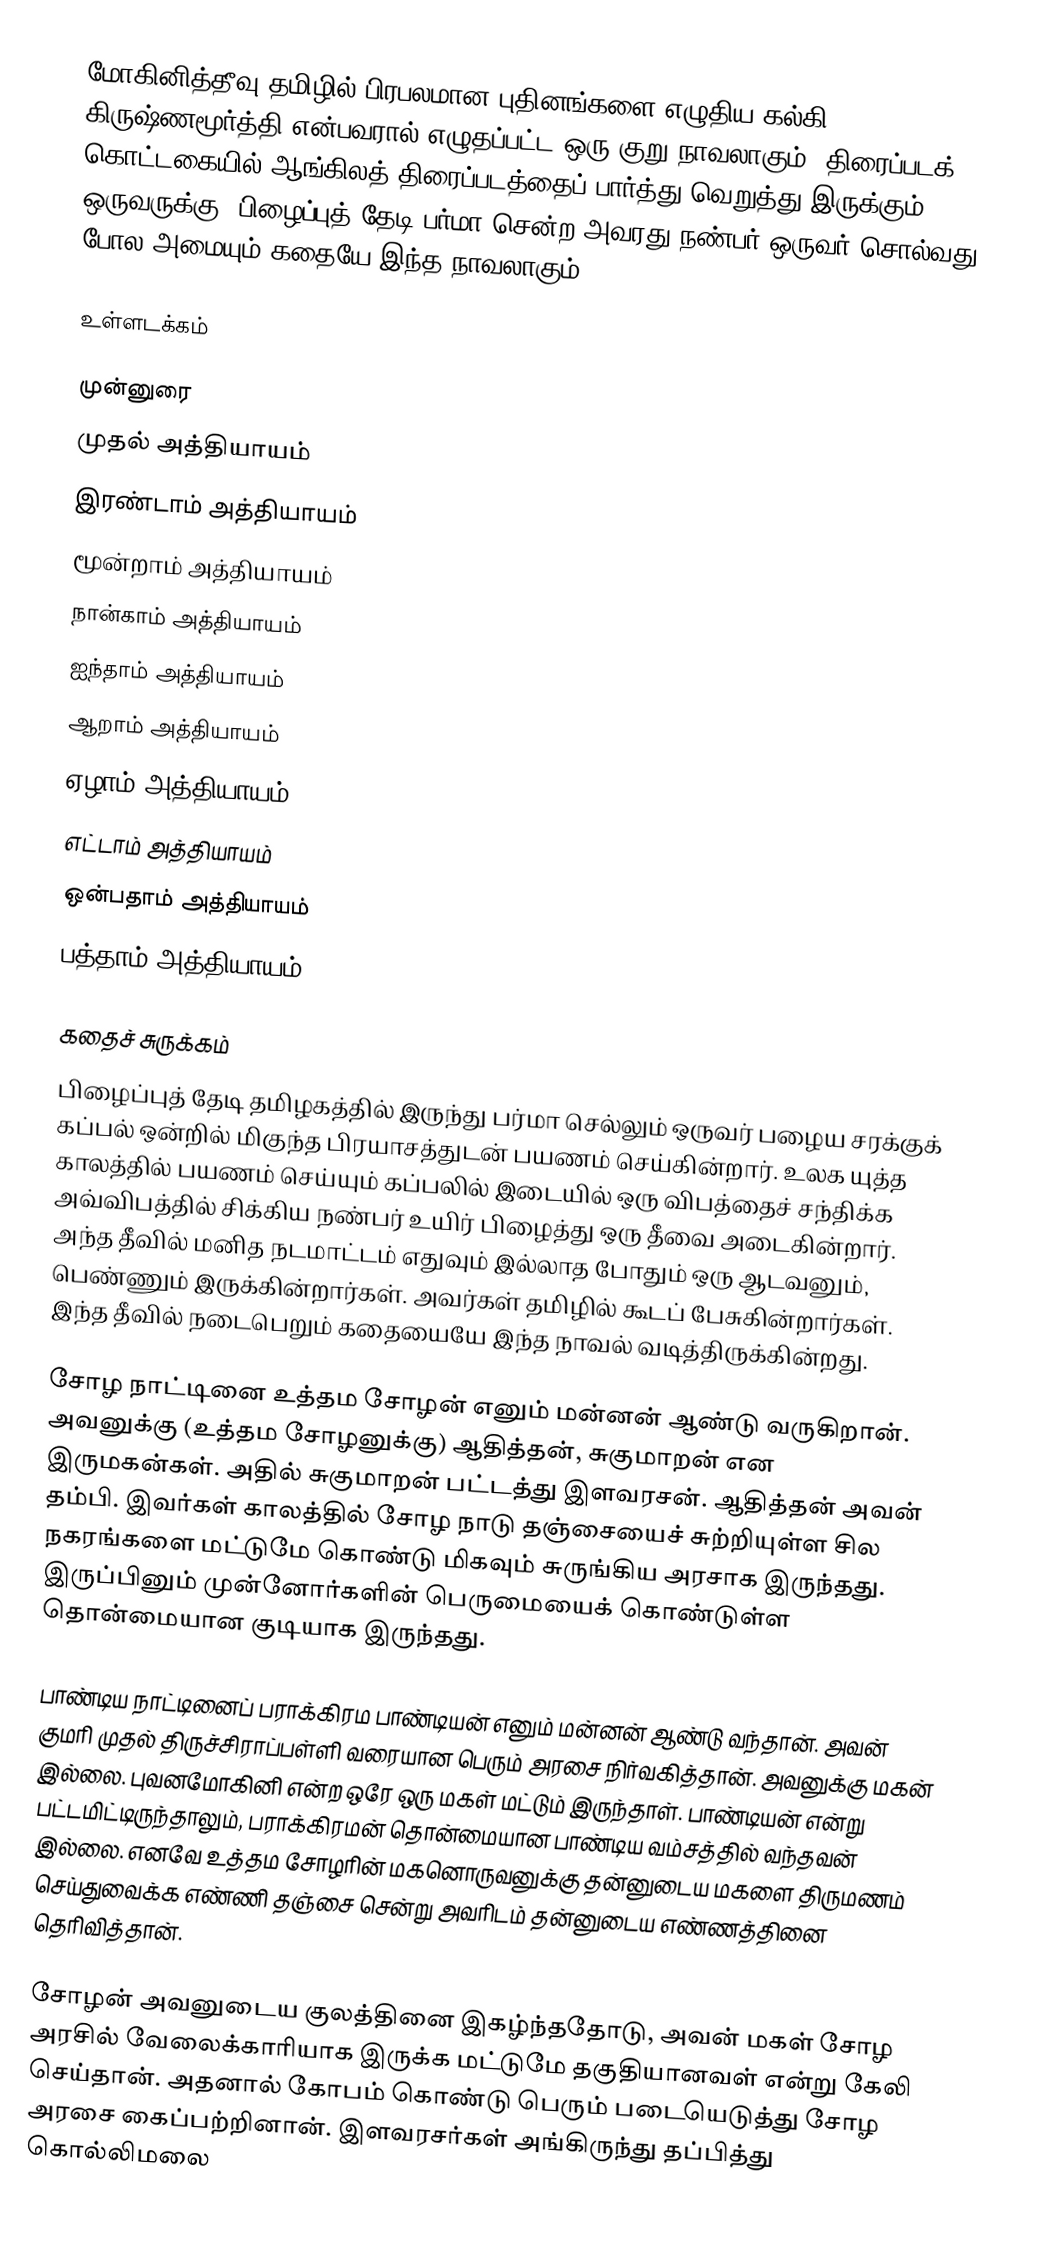
மோகினித்தீவு தமிழில் பிரபலமான புதினங்களை எழுதிய கல்கி கிருஷ்ணமூர்த்தி என்பவரால் எழுதப்பட்ட ஒரு குறு நாவலாகும். திரைப்படக் கொட்டகையில் ஆங்கிலத் திரைப்படத்தைப் பார்த்து வெறுத்து இருக்கும் ஒருவருக்கு, பிழைப்புத் தேடி பர்மா சென்ற அவரது நண்பர் ஒருவர் சொல்வது போல அமையும் கதையே இந்த நாவலாகும்.

உள்ளடக்கம்

 முன்னுரை
 முதல் அத்தியாயம்
 இரண்டாம் அத்தியாயம்
 மூன்றாம் அத்தியாயம்
 நான்காம் அத்தியாயம்
 ஐந்தாம் அத்தியாயம்
 ஆறாம் அத்தியாயம்
 ஏழாம் அத்தியாயம்
 எட்டாம் அத்தியாயம்
 ஒன்பதாம் அத்தியாயம்
 பத்தாம் அத்தியாயம்

கதைச் சுருக்கம்
பிழைப்புத் தேடி தமிழகத்தில் இருந்து பர்மா செல்லும் ஒருவர் பழைய சரக்குக் கப்பல் ஒன்றில் மிகுந்த பிரயாசத்துடன் பயணம் செய்கின்றார். உலக யுத்த காலத்தில் பயணம் செய்யும் கப்பலில் இடையில் ஒரு விபத்தைச் சந்திக்க அவ்விபத்தில் சிக்கிய நண்பர் உயிர் பிழைத்து ஒரு தீவை அடைகின்றார். அந்த தீவில் மனித நடமாட்டம் எதுவும் இல்லாத போதும் ஒரு ஆடவனும், பெண்ணும் இருக்கின்றார்கள். அவர்கள் தமிழில் கூடப் பேசுகின்றார்கள். இந்த தீவில் நடைபெறும் கதையையே இந்த நாவல் வடித்திருக்கின்றது.

சோழ நாட்டினை உத்தம சோழன் எனும் மன்னன் ஆண்டு வருகிறான். அவனுக்கு (உத்தம சோழனுக்கு) ஆதித்தன், சுகுமாறன் என இருமகன்கள். அதில் சுகுமாறன் பட்டத்து இளவரசன். ஆதித்தன் அவன் தம்பி. இவர்கள் காலத்தில் சோழ நாடு தஞ்சையைச் சுற்றியுள்ள சில நகரங்களை மட்டுமே கொண்டு மிகவும் சுருங்கிய அரசாக இருந்தது. இருப்பினும் முன்னோர்களின் பெருமையைக் கொண்டுள்ள தொன்மையான குடியாக இருந்தது.

பாண்டிய நாட்டினைப் பராக்கிரம பாண்டியன் எனும் மன்னன் ஆண்டு வந்தான். அவன் குமரி முதல் திருச்சிராப்பள்ளி வரையான பெரும் அரசை நிர்வகித்தான். அவனுக்கு மகன் இல்லை. புவனமோகினி என்ற ஒரே ஒரு மகள் மட்டும் இருந்தாள். பாண்டியன் என்று பட்டமிட்டிருந்தாலும், பராக்கிரமன் தொன்மையான பாண்டிய வம்சத்தில் வந்தவன் இல்லை. எனவே உத்தம சோழரின் மகனொருவனுக்கு தன்னுடைய மகளை திருமணம் செய்துவைக்க எண்ணி தஞ்சை சென்று அவரிடம் தன்னுடைய எண்ணத்தினை தெரிவித்தான்.

சோழன் அவனுடைய குலத்தினை இகழ்ந்ததோடு, அவன் மகள் சோழ அரசில் வேலைக்காரியாக இருக்க மட்டுமே தகுதியானவள் என்று கேலி செய்தான். அதனால் கோபம் கொண்டு பெரும் படையெடுத்து சோழ அரசை கைப்பற்றினான். இளவரசர்கள் அங்கிருந்து தப்பித்து கொல்லிமலை